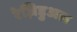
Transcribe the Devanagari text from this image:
रेज़िडुअल